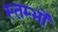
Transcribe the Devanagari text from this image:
स्‍तम्‍भों